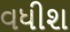
વધીશ